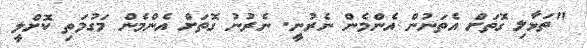
"ތަޅާލި ގޮތަށް އެތަނުން އެންމެން ނެރުނީ. ނެރުނު ގޮތަށް އެންމެން މަގުމަތި ކޮށްލީ